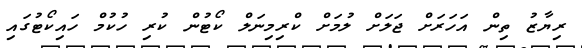
ރިޔާޒު ތިން އަހަރަށް ޖަލަށް ލުމަށް ކްރިމިނަލް ކޯޓުން ކުރި ހުކުމް ހައިކޯޓުގައި